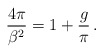
\begin{align*}\frac{4\pi}{\beta^2}=1+\frac{g}{\pi}\, .\end{align*}